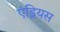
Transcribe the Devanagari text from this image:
एंड्रियस